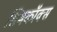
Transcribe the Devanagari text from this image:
सिमकॉक्स